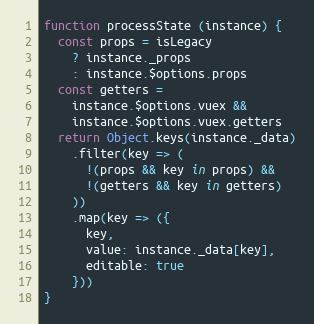
Language: JavaScript
function processState (instance) {
  const props = isLegacy
    ? instance._props
    : instance.$options.props
  const getters =
    instance.$options.vuex &&
    instance.$options.vuex.getters
  return Object.keys(instance._data)
    .filter(key => (
      !(props && key in props) &&
      !(getters && key in getters)
    ))
    .map(key => ({
      key,
      value: instance._data[key],
      editable: true
    }))
}